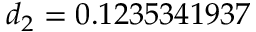
d _ { 2 } = 0 . 1 2 3 5 3 4 1 9 3 7